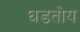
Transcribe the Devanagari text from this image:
घडतोय